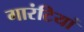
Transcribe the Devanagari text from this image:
गारंटियां